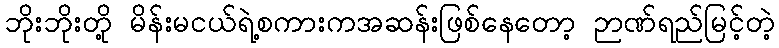
ဘိုးဘိုးတို့ မိန်းမငယ်ရဲ့စကားကအဆန်းဖြစ်နေတော့ ဉာဏ်ရည်မြင့်တဲ့